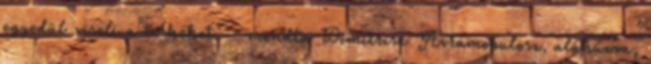
egyedül viseli a terheket" - mondta Dimitrisz Avramopulosz, aláhúzva,